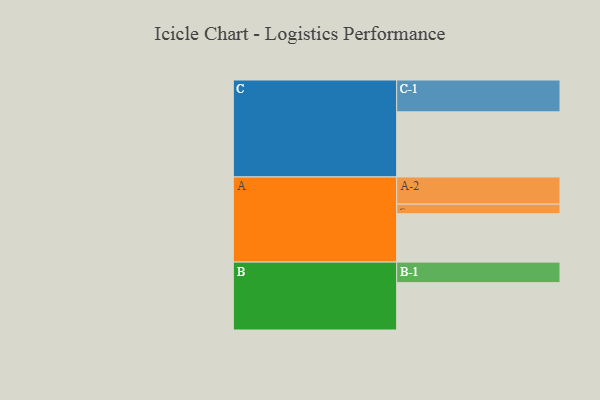
{"axis": {"x": "Segment", "y": "Value"}, "legend": ["", "A", "B", "C"], "data": [{"x": "A", "y": 384, "type": ""}, {"x": "B", "y": 376, "type": ""}, {"x": "C", "y": 517, "type": ""}, {"x": "A-1", "y": 76, "type": "A"}, {"x": "A-2", "y": 216, "type": "A"}, {"x": "B-1", "y": 163, "type": "B"}, {"x": "C-1", "y": 253, "type": "C"}]}